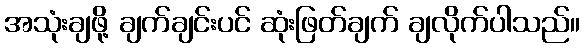
အသုံးချဖို့ ချက်ချင်းပင် ဆုံးဖြတ်ချက် ချလိုက်ပါသည်။